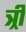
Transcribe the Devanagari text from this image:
त्र्री